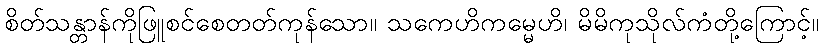
စိတ်သန္တာန်ကိုဖြူစင်စေတတ်ကုန်သော။ သကေဟိကမ္မေဟိ၊ မိမိကုသိုလ်ကံတို့ကြောင့်။